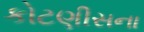
કોટણીસના